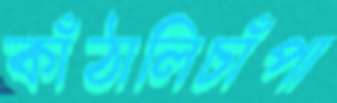
কাঁঠালিচাঁপা